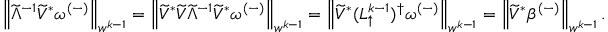
\begin{array} { r } { \left\lVert \widetilde { \Lambda } ^ { - 1 } \widetilde { V } ^ { * } \omega ^ { ( - ) } \right\rVert _ { w ^ { k - 1 } } = \left\lVert \widetilde { V } ^ { * } \widetilde { V } \widetilde { \Lambda } ^ { - 1 } \widetilde { V } ^ { * } \omega ^ { ( - ) } \right\rVert _ { w ^ { k - 1 } } = \left\lVert \widetilde { V } ^ { * } ( L _ { \uparrow } ^ { k - 1 } ) ^ { \dagger } \omega ^ { ( - ) } \right\rVert _ { w ^ { k - 1 } } = \left\lVert \widetilde { V } ^ { * } \beta ^ { ( - ) } \right\rVert _ { w ^ { k - 1 } } . } \end{array}